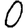
Digit: 0